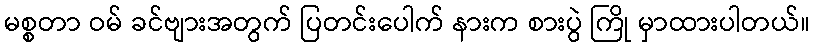
မစ္စတာ ဝမ် ခင်ဗျားအတွက် ပြတင်းပေါက် နားက စားပွဲ ကြို မှာထားပါတယ်။